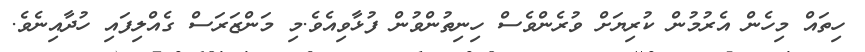
ހިތައް މިހެން އެރުމުން ކުރިޔަށް ވުރެންވެސް ހިނިތުންވުން ފުޅާވިއެވެ.މި މަންޒަރަސް ގެއްލިފައި ހުދާއިނެވެ.